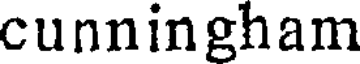
cunningham